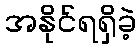
အနိုင်ရရှိခဲ့